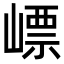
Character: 㟽